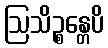
ဩသိဉ္စန္တေပိ